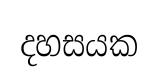
දහසයක